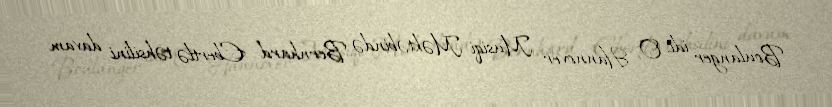
Boulanger idi. O, Hannover Musiqi Məktəbində Bernhard Ebertlə təhsilini davam